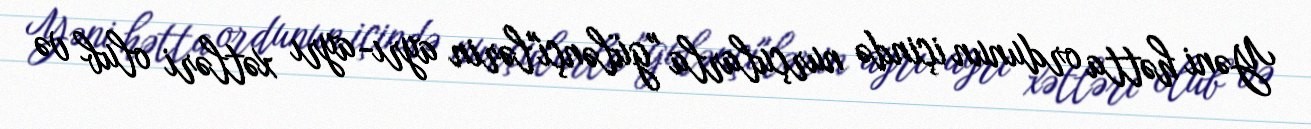
Yəni hətta ordunun içində nurçularla "gülənçi"lərin ayrı-ayrı xətləri olub və